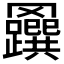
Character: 𦍅